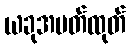
ယခုအပတ်ထုတ်